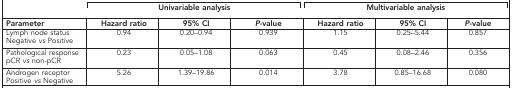
<table><thead><tr><td><b> </b></td><td colspan="3"><b>Univariable analysis</b></td><td colspan="3"><b>Multivariable analysis</b></td></tr><tr><td><b>Parameter</b></td><td><b>Hazard ratio</b></td><td><b>95% CI</b></td><td><b><i>P</i>-value</b></td><td><b>Hazard ratio</b></td><td><b>95% CI</b></td><td><b><i>P</i>-value</b></td></tr></thead><tbody><tr><td>Lymph node statusNegative <i>vs</i> Positive</td><td>0.94</td><td>0.20–0.94</td><td>0.939</td><td>1.15</td><td>0.25–5.44</td><td>0.857</td></tr><tr><td>Pathological responsepCR <i>vs</i> non-pCR</td><td>0.23</td><td>0.05–1.08</td><td>0.063</td><td>0.45</td><td>0.08–2.46</td><td>0.356</td></tr><tr><td>Androgen receptorPositive <i>vs</i> Negative</td><td>5.26</td><td>1.39–19.86</td><td>0.014</td><td>3.78</td><td>0.85–16.68</td><td>0.080</td></tr></tbody></table>